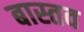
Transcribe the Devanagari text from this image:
बास्तव